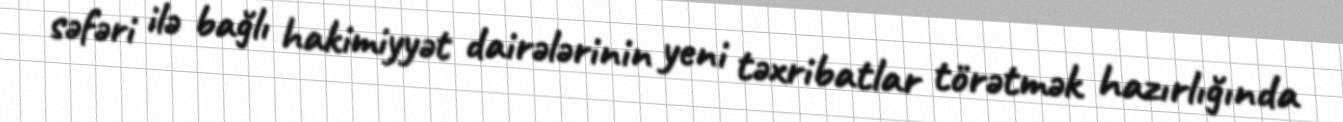
səfəri ilə bağlı hakimiyyət dairələrinin yeni təxribatlar törətmək hazırlığında